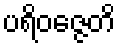
ပရိဝဇ္ဇေတိ